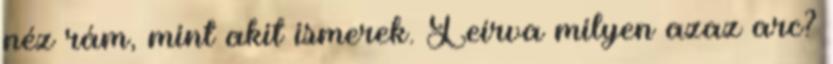
néz rám, mint akit ismerek. Leírva milyen azaz arc?